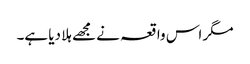
مگر اس واقعہ نے مجھے ہلا دیا ہے۔